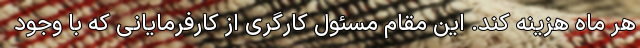
هر ماه هزینه کند. این مقام مسئول کارگری از کارفرمایانی که با وجود